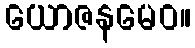
ယောဇနမေဝ။